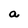
Character: a